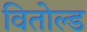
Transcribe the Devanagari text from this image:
वितोल्ड